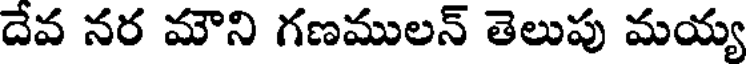
దేవ నర మౌని గణములన్ తెలుపు మయ్య